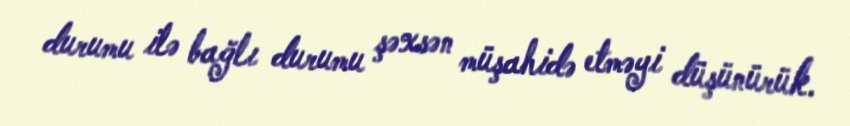
durumu ilə bağlı durumu şəxsən müşahidə etməyi düşünürük.